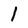
Character: 1